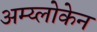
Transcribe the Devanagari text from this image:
अम्य्लोकेन